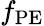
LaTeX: f_{\mathrm{PE}}